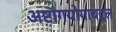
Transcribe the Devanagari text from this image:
अष्टांगयोगाबद्दल